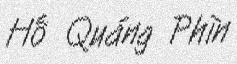
Hố Quáng Phìn